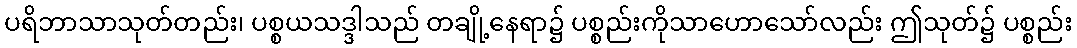
ပရိဘာသာသုတ်တည်း၊ ပစ္စယသဒ္ဒါသည် တချို့နေရာ၌ ပစ္စည်းကိုသာဟောသော်လည်း ဤသုတ်၌ ပစ္စည်း